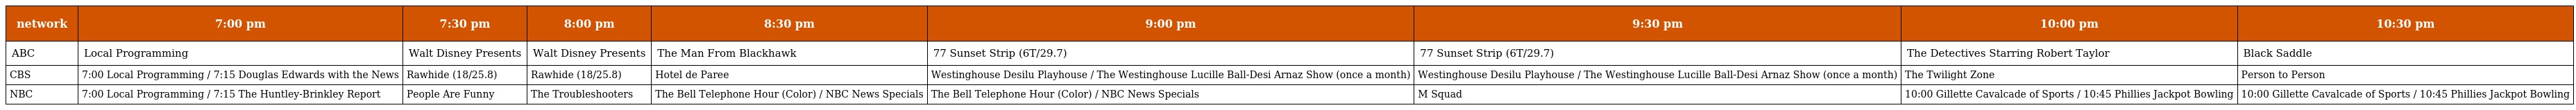
| network | 7:00 pm | 7:30 pm | 8:00 pm | 8:30 pm | 9:00 pm | 9:30 pm | 10:00 pm | 10:30 pm |
 | --- | --- | --- | --- | --- | --- | --- | --- | --- |
 | ABC | Local Programming | Walt Disney Presents | Walt Disney Presents | The Man From Blackhawk | 77 Sunset Strip (6T/29.7) | 77 Sunset Strip (6T/29.7) | The Detectives Starring Robert Taylor | Black Saddle |
 | CBS | 7:00 Local Programming / 7:15 Douglas Edwards with the News | Rawhide (18/25.8) | Rawhide (18/25.8) | Hotel de Paree | Westinghouse Desilu Playhouse / The Westinghouse Lucille Ball-Desi Arnaz Show (once a month) | Westinghouse Desilu Playhouse / The Westinghouse Lucille Ball-Desi Arnaz Show (once a month) | The Twilight Zone | Person to Person |
 | NBC | 7:00 Local Programming / 7:15 The Huntley-Brinkley Report | People Are Funny | The Troubleshooters | The Bell Telephone Hour (Color) / NBC News Specials | The Bell Telephone Hour (Color) / NBC News Specials | M Squad | 10:00 Gillette Cavalcade of Sports / 10:45 Phillies Jackpot Bowling | 10:00 Gillette Cavalcade of Sports / 10:45 Phillies Jackpot Bowling |